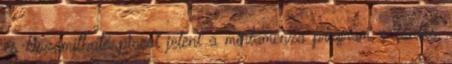
és kiszámítható piacot jelent a mintamenza program, s fontos,